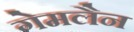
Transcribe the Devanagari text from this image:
गेमलैन